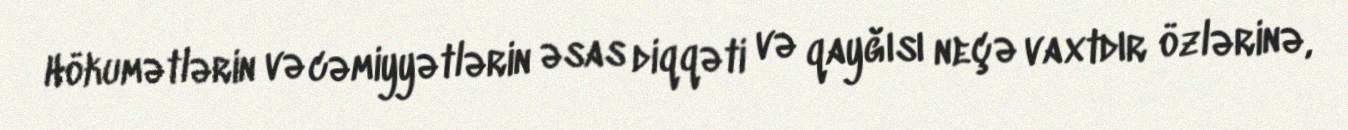
Hökumətlərin və cəmiyyətlərin əsas diqqəti və qayğısı neçə vaxtdır özlərinə,